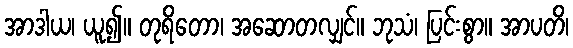
အာဒါယ၊ ယူ၍။ တုရိတော၊ အဆောတလျှင်။ ဘုသံ၊ ပြင်းစွာ။ အာပတိ၊